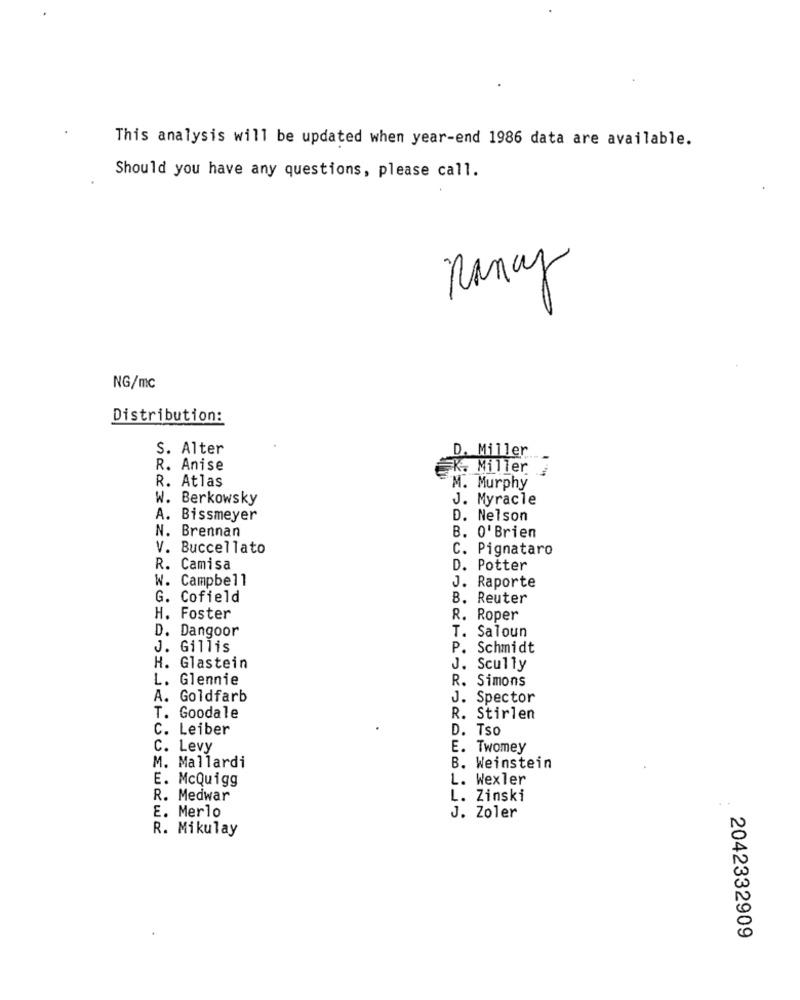
This analysis will be updated when year-end 1986 data are available.
Should you have any questions, please call.
nancy
NG/mc
Distribution:
S. Alter
D. Miller
R. Anise
K. Miller
R. Atlas
M. Murphy
W. Berkowsky
J. Myracle
A. Bissmeyer
D. Nelson
N. Brennan
B. O'Brien
V. Buccellato
C. Pignataro
R. Camisa
D. Potter
W. Campbell
J. Raporte
G. Cofield
B. Reuter
H. Foster
R. Roper
D. Dangoor
T. Saloun
J. Gillis
P. Schmidt
H. Glastein
J. Scully
L. Glennie
R. Simons
A. Goldfarb
J. Spector
T. Goodale
R. Stirlen
C. Leiber
D. Tso
c. Levy
E. Twomey
M. Mallardi
B. Weinstein
E. McQuigg
L. Wexler
R. Medwar
L. Zinski
E. Merlo
J. Zoler
R. Mikulay
2042332909